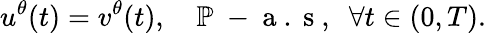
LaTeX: u^{\theta}(t)=v^{\theta}(t),\quad\mathbb{P}\mathrm{~-~a~.~s~,~}\; \forall t\in(0,T).